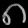
Digit: ၈